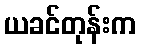
ယခင်တုန်းက